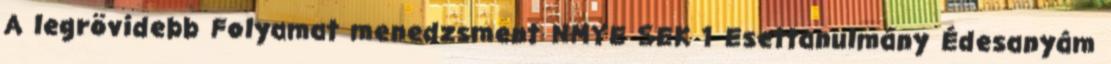
A legrövidebb Folyamat menedzsment NMYE SEK 1 Esettanulmány Édesanyám